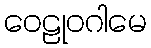
ဝေဠုဝဂါမေ